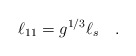
\begin{align*}\ell_{11} = g^{1/3}\ell_s \quad .\end{align*}